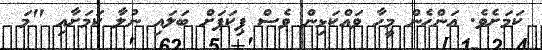
ކަމަށެވެ. އަންހެން މީހާ ވައްކަޅިން ވެސް ޕިކަޕަށް ބަލައި ނުލާ ކަމަށާއި "މަ